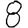
Digit: 8